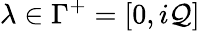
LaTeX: \lambda\in\Gamma^{+}=[0,i\mathcal{Q}]